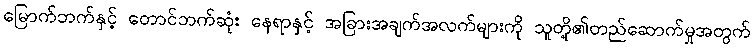
မြောက်ဘက်နှင့် တောင်ဘက်ဆုံး နေရာနှင့် အခြားအချက်အလက်များကို သူတို့၏တည်ဆောက်မှုအတွက်